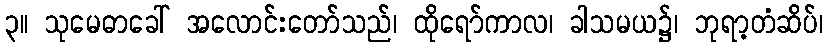
၃။ သုမေဓာခေါ် အလောင်းတော်သည်၊ ထိုရော်ကာလ၊ ခါသမယ၌၊ ဘုရာ့တံဆိပ်၊